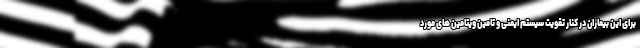
برای این بیماران در کنار تقویت سیستم ایمنی و تامین ویتامین های مورد